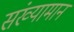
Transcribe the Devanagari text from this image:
संख्यामान